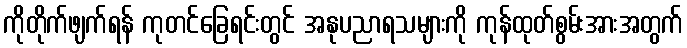
ကိုတိုက်ဖျက်ရန် ကုတင်ခြေရင်းတွင် အနုပညာရသများကို ကုန်ထုတ်စွမ်းအားအတွက်